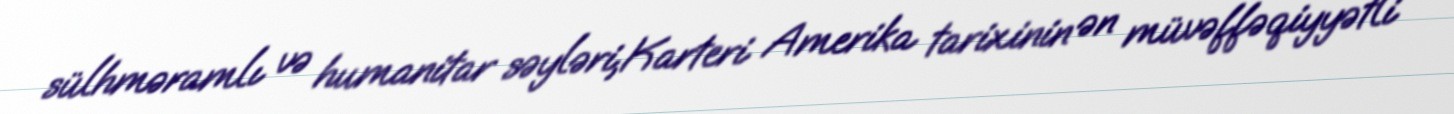
sülhməramlı və humanitar səyləri,Karteri Amerika tarixinin ən müvəffəqiyyətli